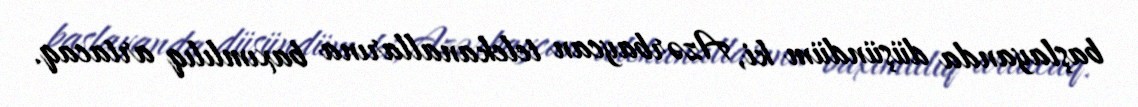
başlayanda düşündüm ki, Azərbaycan telekanallarına baxımlılıq artacaq.